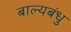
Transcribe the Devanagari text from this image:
बाल्यबंधु